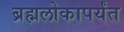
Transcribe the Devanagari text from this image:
ब्रह्मलोकापर्यंत